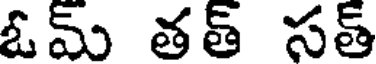
ఓమ్ తత్ సత్